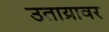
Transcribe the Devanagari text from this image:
उताय्रावर